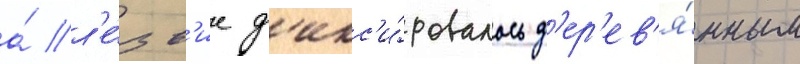
а́ л'е́зв'ие ф'икс'и́ровалось д'ер'ев'я́нным